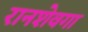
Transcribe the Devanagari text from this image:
रानशेवगा